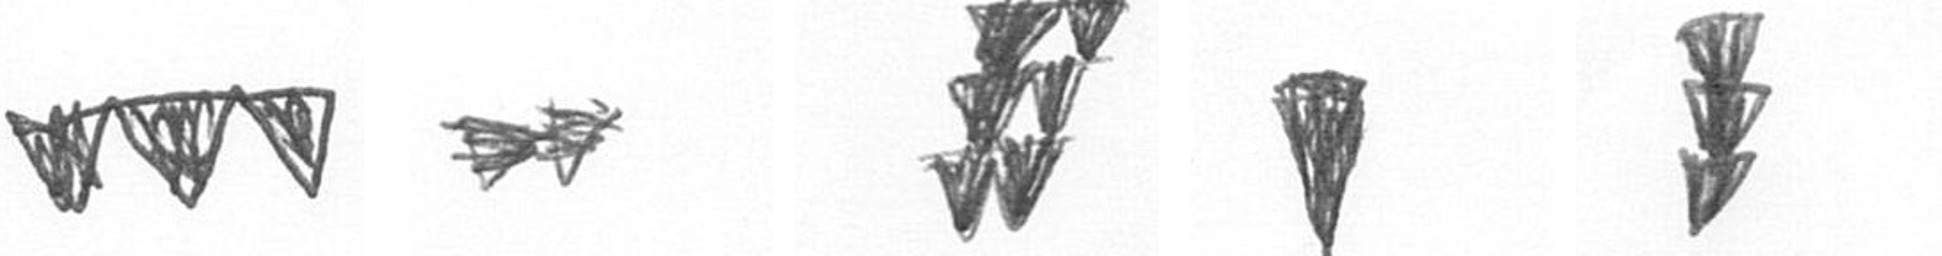
L A Y J E